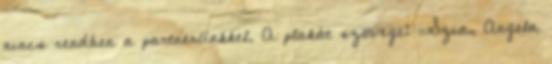
nincs rendben a partnerünkkel. A plakát szövege: „Szia, Angela